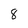
Character: 8